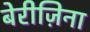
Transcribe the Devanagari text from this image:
बेरीज़िना